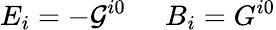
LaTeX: E_{i}=-{\cal G}^{i0}\; \; \; \; \; B_{i}=G^{i0}